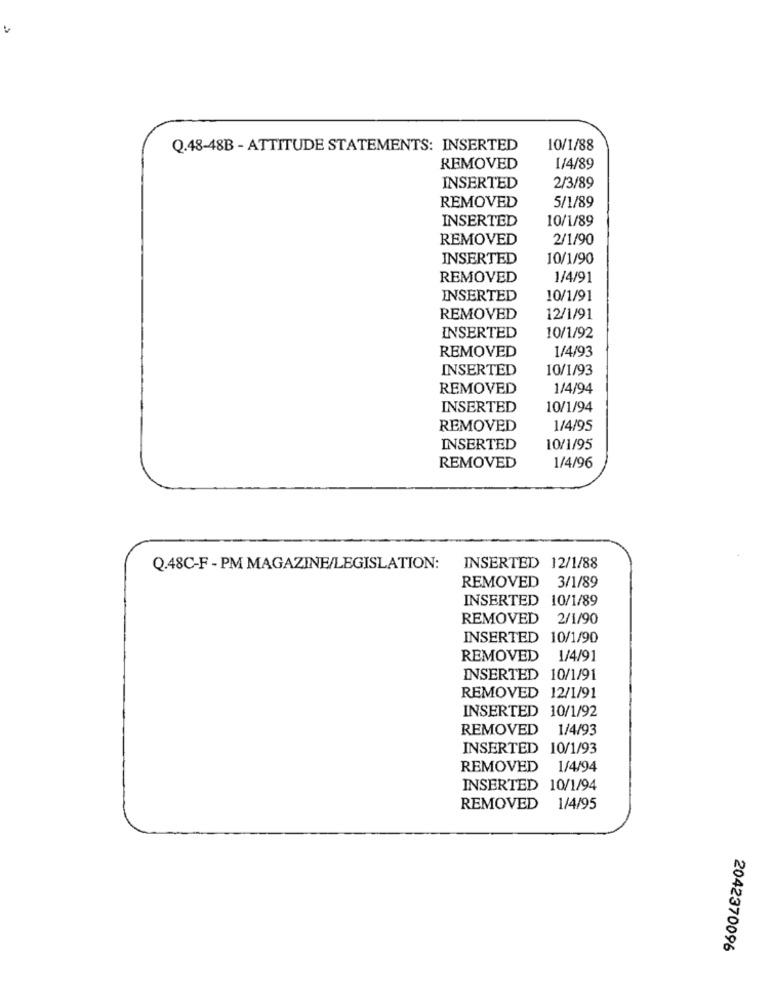
Q.48-48B - ATTITUDE STATEMENTS: INSERTED
10/1/88
REMOVED
1/4/89
INSERTED
2/3/89
5/1/89
REMOVED
INSERTED
10/1/89
REMOVED
2/1/90
INSERTED
10/1/90
REMOVED
1/4/91
INSERTED
10/1/91
REMOVED
12/1/91
INSERTED
10/1/92
REMOVED
1/4/93
INSERTED
10/1/93
REMOVED
1/4/94
INSERTED
10/1/94
REMOVED
1/4/95
INSERTED
10/1/95
REMOVED
1/4/96
Q.48C-F - PM MAGAZINE/LEGISLATION:
INSERTED 12/1/88
REMOVED 3/1/89
INSERTED 10/1/89
REMOVED 2/1/90
INSERTED 10/1/90
REMOVED 1/4/91
INSERTED 10/1/91
REMOVED 12/1/91
INSERTED 10/1/92
REMOVED 1/4/93
INSERTED 10/1/93
REMOVED 1/4/94
INSERTED 10/1/94
REMOVED 1/4/95
2042370096